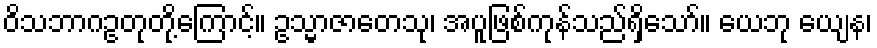
ဝိသဘာဂဥတုတို့ကြောင့်။ ဥသ္မာဇာတေသု၊ အပူဖြစ်ကုန်သည်ရှိသော်။ ယေဘု ယျေန၊